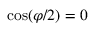
\cos ( \varphi / 2 ) = 0